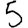
Digit: 5